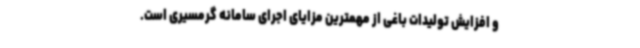
و افزایش تولیدات باغی از مهمترین مزایای اجرای سامانه گرمسیری است.